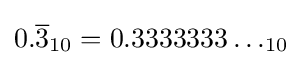
0.{\overline {3}}_{10}=0.3333333\dots _{10}